Report on the Civil Veterinary Department, Eastern Bengal and Assam - 1907-1911
Year: 1907
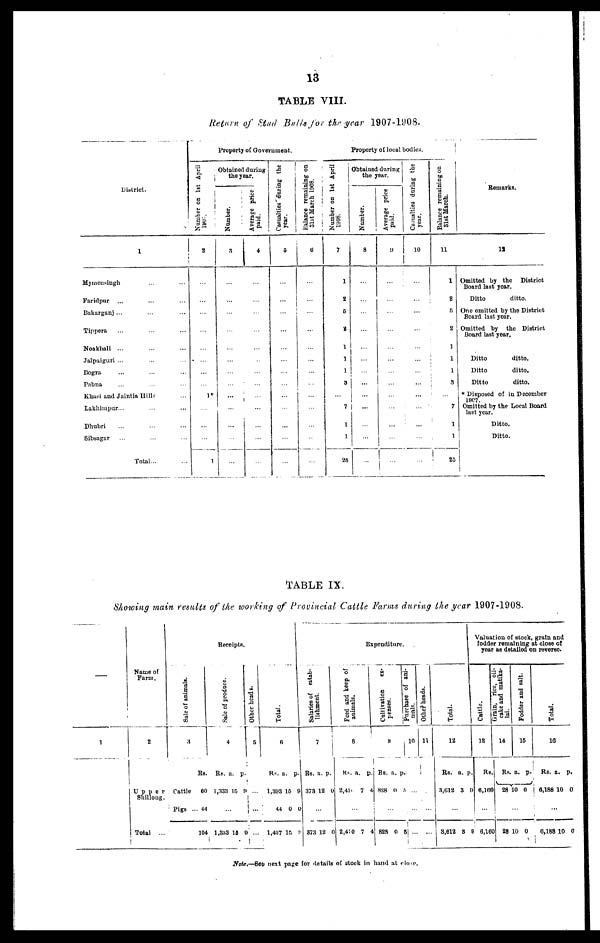
13
TABLE VIII.
Return of Stud Bulls for the year 1907-1908.
District.
1
Mymensingh ... ...
Faridpur ... ... ...
Bakarganj ... ... ...
Tippera ... ... ...
Noakhali ... ... ...
Jalpaiguri ... ... ...
Bogra ... ... ...
Pabna ... ... ...
Khasi and Jaintia Hills ...
Lakhimpur... ... ...
Dhubri ... ... ...
Sibsagar ... ... ...
Total...
Property of Government.
Number on 1st April
1907.
2
...
...
...
...
...
...
...
...
...
...
...
1*
...
... ...
...
1
Obtained during
the year.
Number.
3
...
...
...
...
...
...
...
...
...
...
...
...
...
...
...
...
Average price
paid.
4
...
...
...
...
...
...
...
...
...
...
...
...
...
... ...
...
...
Casualties during the
year.
5
...
...
...
...
...
...
...
...
...
...
...
...
...
... ...
...
...
Balance remaining on
31st March 1908.
6
...
...
...
...
...
...
...
...
...
...
...
...
...
... ...
...
...
Number on 1st April
1908.
7
1
2
5
...
2
...
1
1
1
9
...
7
1
1
25
Property of local bodies.
Obtained during
the year.
Number.
8
...
...
...
...
...
...
...
...
...
...
...
...
...
...
...
...
...
Average price
paid.
9
...
...
...
...
...
...
...
...
...
...
...
...
...
... ...
...
...
Casualties during the
year.
10
...
...
...
...
...
...
...
...
...
...
...
...
...
... ...
...
...
Balance remaining on
31st March.
11
1
2
5
2
1
1
1
3
...
7
1
1
25
Remarks.
12
Omitted by the District
Board last year.
Ditto
ditto.
One omitted by the District
Board last year.
Omitted by the District
Board last year.
Ditto
ditto.
Ditto
ditto.
Ditto
ditto.
* Disposed of in December
1907.
Omitted by the Local Board
last year.
Ditto.
Ditto.
TABLE IX.
Showing main results of the working of Provincial Cattle Farms during the year 1907-1908.
—
1
Name of
Farm.
2
Upper
Shillong.
Total ...
Receipts.
Sale of animals.
3
Rs.
Cattle 60
Pigs ... 44
104
Sal e of produce.
4
Rs.
1,333
a.
15
p.
9
...
1,333 15 9
Other heads.
5
...
...
...
Total.
6
Rs.
1,393
44
1,487
a.
15
0
15
p.
9
0
9
Expenditure.
Salaries of estab-
lishment.
7
Rs.
373
a.
12
p.
0
...
373 12 0
Feed and keep of
animals.
8
Rs.
2,416
a.
7
p.
4
...
2,410 7 4
Cultivation ex-
penses.
9
Rs.
828
a.
0
p.
5
...
828 0
5
Purchase of ani-
mals.
10
...
...
...
Other heads.
11
...
Total.
12
Rs.
3,012
a.
3
p
9
...
3,612 3
9
Valuation of stock, grain and
fodder remaining at close of
year as detailed on reverse.
Cattle.
13
Rs
6,160
...
6,160
Grain, rice, on-
cakeand atika-
lai.
14
Rs.
28
Fodder and salt.
15
a.
10
p.
0
...
28 10 0
Total.
16
Rs.
6,188
a.
10
p.
0
...
6,188 10 0
Note.—See next page for details of stock in hand at close.